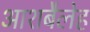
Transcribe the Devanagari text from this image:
आशबैलेह